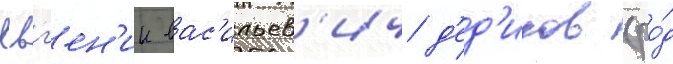
евг'ен'ии вас'ильев'ич д'ед'иков (ро́д